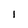
Character: I